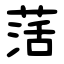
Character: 萿